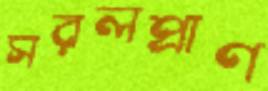
সরলপ্রাণ